Report of the Indian Hemp Drugs Commission, 1894-1895 - Volume VIII
Year: 1894
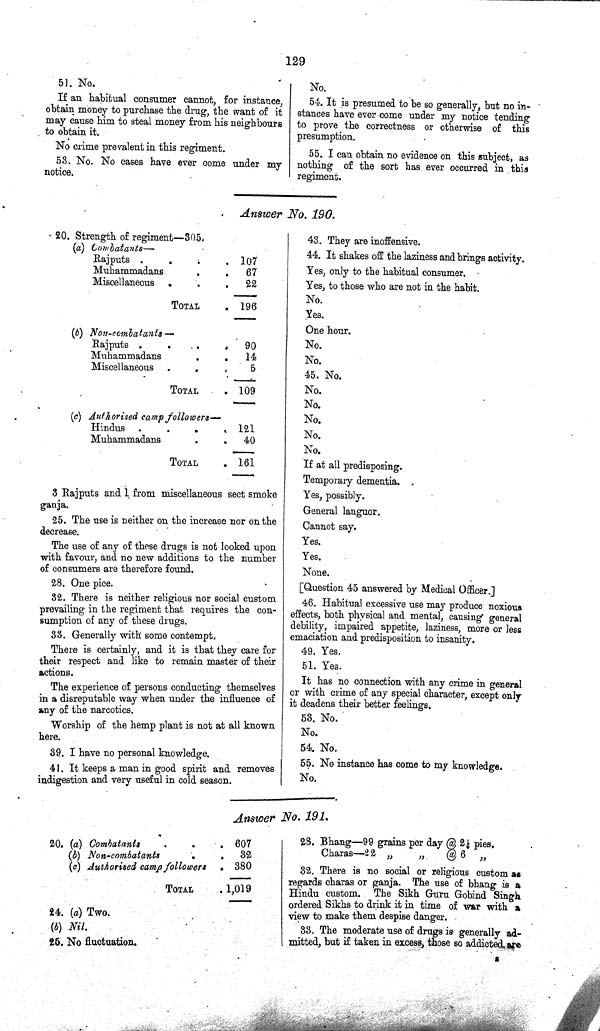
129
51. No.
If an habitual consumer cannot, for instance,
obtain money to purchase the drug, the want of it
may cause him to steal money from his neighbours
to obtain it.
No crime prevalent in this regiment.
53. No. No cases have ever come under my
notice.
No.
54. It is presumed to be so generally, but no in¬
stances have ever come under my notice tending
to prove the correctness or otherwise of this
presumption.
55. I can obtain no evidence on this subject, as
nothing of the sort has ever occurred in this
regiment.
Answer No. 190.
20. Strength of regiment—305.
(a) Combatants—
Rajputs
107
Muhammadans
67
Miscellaneous
22
TOTAL
196
(b) Non-combatants—
Rajputs
90
Muhammadans
14
Miscellaneous
5
TOTAL
109
(c) Authorised camp followers—
Hindus
121
Muhammadans
40
TOTAL
161
3 Rajputs and 1 from miscellaneous sect smoke
ganja.
25. The use is neither on the increase nor on the
decrease.
The use of any of these drugs is not looked upon
with favour, and no new additions to the number
of consumers are therefore found.
28. One pice.
32. There is neither religious nor social custom
prevailing in the regiment that requires the con¬
sumption of any of these drugs.
33. Generally with some contempt.
There is certainly, and it is that they care for
their respect and like to remain master of their
actions.
The experience of persons conducting themselves
in a disreputable way when under the influence of
any of the narcotics.
Worship of the hemp plant is not at all known
here.
39. I have no personal knowledge.
41. It keeps a man in good spirit and removes
indigestion and very useful in cold season.
43. They are inoffensive.
44. It shakes off the laziness and brings activity.
Yes, only to the habitual consumer.
Yes, to those who are not in the habit.
No.
Yes.
One hour.
No.
No.
45. No.
No.
No.
No.
No.
No.
If at all predisposing.
Temporary dementia.
Yes, possibly.
General languor.
Cannot say.
Yes.
Yes.
None.
[Question 45 answered by Medical Officer.]
46. Habitual excessive use may produce noxious
effects, both physical and mental, causing general
debility, impaired appetite, laziness, more or less
emaciation and predisposition to insanity.
49. Yes.
51. Yes.
It has no connection with any crime in general
or with crime of any special character, except only
it deadens their better feelings.
53. No.
No.
54. No.
55. No instance has come to my knowledge.
No.
Answer No. 191.
20. (a) Combatants
607
(b) Non-combatants
32
(c) Authorised camp followers
380
TOTAL
1,019
24. (a) Two.
(b) Nil.
25. No fluctuation.
28. Bhang—99 grains per day @ 2 1/4 pies.
Charas—22
"
"
@ 6 "
32. There is no social or religious custom as
regards charas or ganja. The use of bhang is a
Hindu custom. The Sikh Guru Gobind Singh
ordered Sikhs to drink it in time of war with a
view to make them despise danger.
33. The moderate use of drugs is generally ad¬
mitted, but if taken in excess, those so addicted, are
S